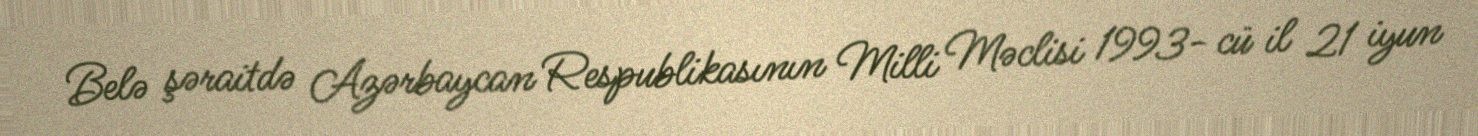
Belə şəraitdə Azərbaycan Respublikasının Milli Məclisi 1993- cü il 21 iyun